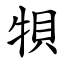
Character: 㸽